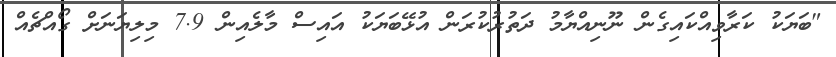
"ބަޔަކު ކަރާވިއްކައިގެން ނޫނިއްޔާމު ދަތުރުކުރަން އުޅޭބަޔަކު އައިސް މާލެއިން 7.9 މިލިޔަނަށް ގޯއްޗެއް